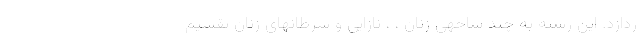
ردازد. این رشته به چند شاخهی زنان ، ، نازایی و سرطانهای زنان تقسیم